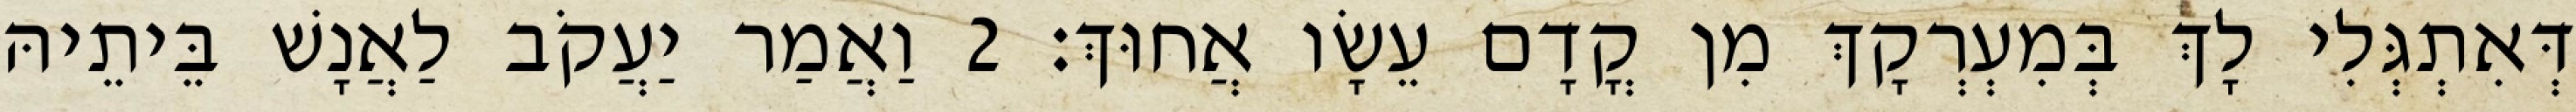
דְּאִתְגְּלִי לָךְ בְּמִעְרְקָךְ מִן קֳדָם עֵשָׂו אֲחוּךְ׃ 2 וַאֲמַר יַעֲקֹב לַאֲנָשׁ בֵּיתֵיהּ